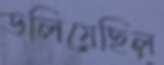
ডলিয়েছিল